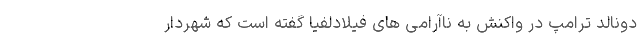
دونالد ترامپ در واکنش به ناآرامی های فیلادلفیا گفته است که شهردار